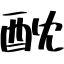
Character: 酖